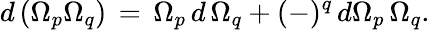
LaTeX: d\, (\Omega_{p}\Omega_{q})\, =\, \Omega_{p}\, d\, \Omega_{q}+(-)^{q}\, d\Omega_{p}\, \Omega_{q}.